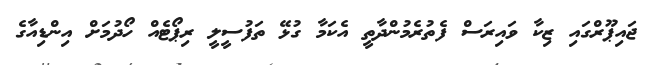
ޖައިޕޫރްގައި ޒިކާ ވައިރަސް ފެތުރެމުންދާތީ އެކަމާ ގުޅޭ ތަފުސީލީ ރިޕޯޓެއް ހޯދުމަށް އިންޑިއާގެ